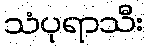
သံပုရာသီး